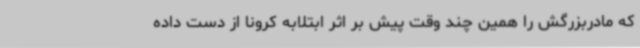
که مادربزرگش را همین چند وقت پیش بر اثر ابتلابه کرونا از دست داده